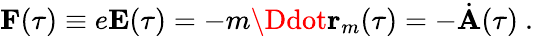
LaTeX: \textbf{F}(\tau)\equiv e\textbf{E}(\tau)=-m\Ddot{\textbf{r}}_{m}(\tau)=-\dot{\textbf{A}}(\tau)~.